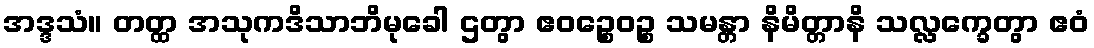
အဒ္ဒသံ။ တတ္ထ အသုကဒိသာဘိမုခေါ ဌတွာ ဧဝဉ္စေဝဉ္စ သမန္တာ နိမိတ္တာနိ သလ္လက္ခေတွာ ဧဝံ